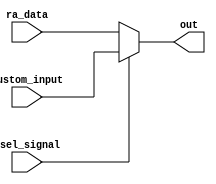
/*
   This file was generated automatically by the Mojo IDE version B1.3.6.
   Do not edit this file directly. Instead edit the original Lucid source.
   This is a temporary file and any changes made to it will be destroyed.
*/

module asel_53 (
    input asel_signal,
    input [15:0] custom_input,
    input [15:0] ra_data,
    output reg [15:0] out
  );
  
  
  
  always @* begin
    if (asel_signal) begin
      out = custom_input;
    end else begin
      out = ra_data;
    end
  end
endmodule